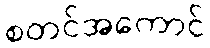
စတင်အကောင်